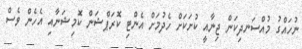
ނުހައްގު މުއްސަނދިކަން ޖިނާއީ ކުށަކަށް ހެދުމަށް އެންޓި ކޮރަޕްޝަން ކޮމިޝަނާއި އެހެން ވެސް